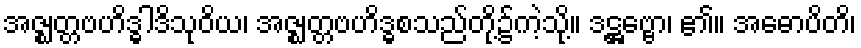
အဇ္ဈတ္တဗဟိဒ္ဓါဒိသုဝိယ၊ အဇ္ဈတ္တဗဟိဒ္ဓစသည်တို့၌ကဲ့သို့။ ဒဋ္ဌဗ္ဗော၊ ၏။ အဓောပိတိ၊